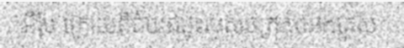
អឺរ៉ុប ក្រោយពីជ័យជម្នះរបស់ចក្រភពអង់គ្លេស